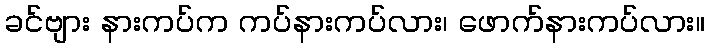
ခင်ဗျား နားကပ်က ကပ်နားကပ်လား၊ ဖောက်နားကပ်လား။